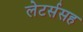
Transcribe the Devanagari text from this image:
लेटर्ससह